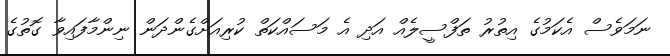
ނަމަވެސް އެކަމުގެ އިތުރު ތަފްސީލެއް އަދި އެ މަސައްކަތް ކުރިއަށްގެންދަން ނިންމާފައިވާ ގޮތުގެ